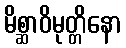
မိစ္ဆာဝိမုတ္တိနော